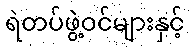
ရဲတပ်ဖွဲ့ဝင်များနှင့်